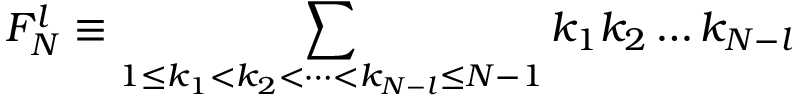
F _ { N } ^ { l } \equiv \sum _ { 1 \leq k _ { 1 } < k _ { 2 } < \dots < k _ { N - l } \leq N - 1 } k _ { 1 } k _ { 2 } \dots k _ { N - l }